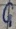
Text: G